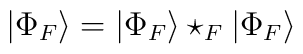
| \Phi_F \rangle =| \Phi_F \rangle\star_F | \Phi_F \rangle\,